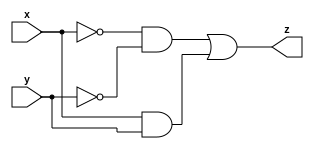
module comparator( input x, input y, output reg z );

  reg p, q;

  // This essentially means that the code followed by
  // always statement will run ONLY when the values of
  // the variable x or y changes.
  // We can have more than two variables in the sensitivity list.
  always @(x, y)
  begin
    p = (~x & ~y);
    q = x & y;
    z = p | q;
  end

endmodule


`timescale 1ns / 1ps
module stimulus;
  reg x;
  reg y;

  wire z;

  comparator uut( .x(x), .y(y), .z(z) );

  initial begin
    $dumpfile("test.vcd");
    $dumpvars(0, stimulus);

    // initialize inputs
    x = 0;
    y = 0;

    #20 x = 1;
    #20 y = 1;
    #20 y = 0;
    #20 x = 1;
    #20 y = 1;
    #40;
  end

  initial begin
    $monitor("t = %3d x = %2b, y = %2b, z = %d", $time, x, y, z);
  end
endmodule